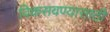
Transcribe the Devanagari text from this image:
विकसवण्यासाठी